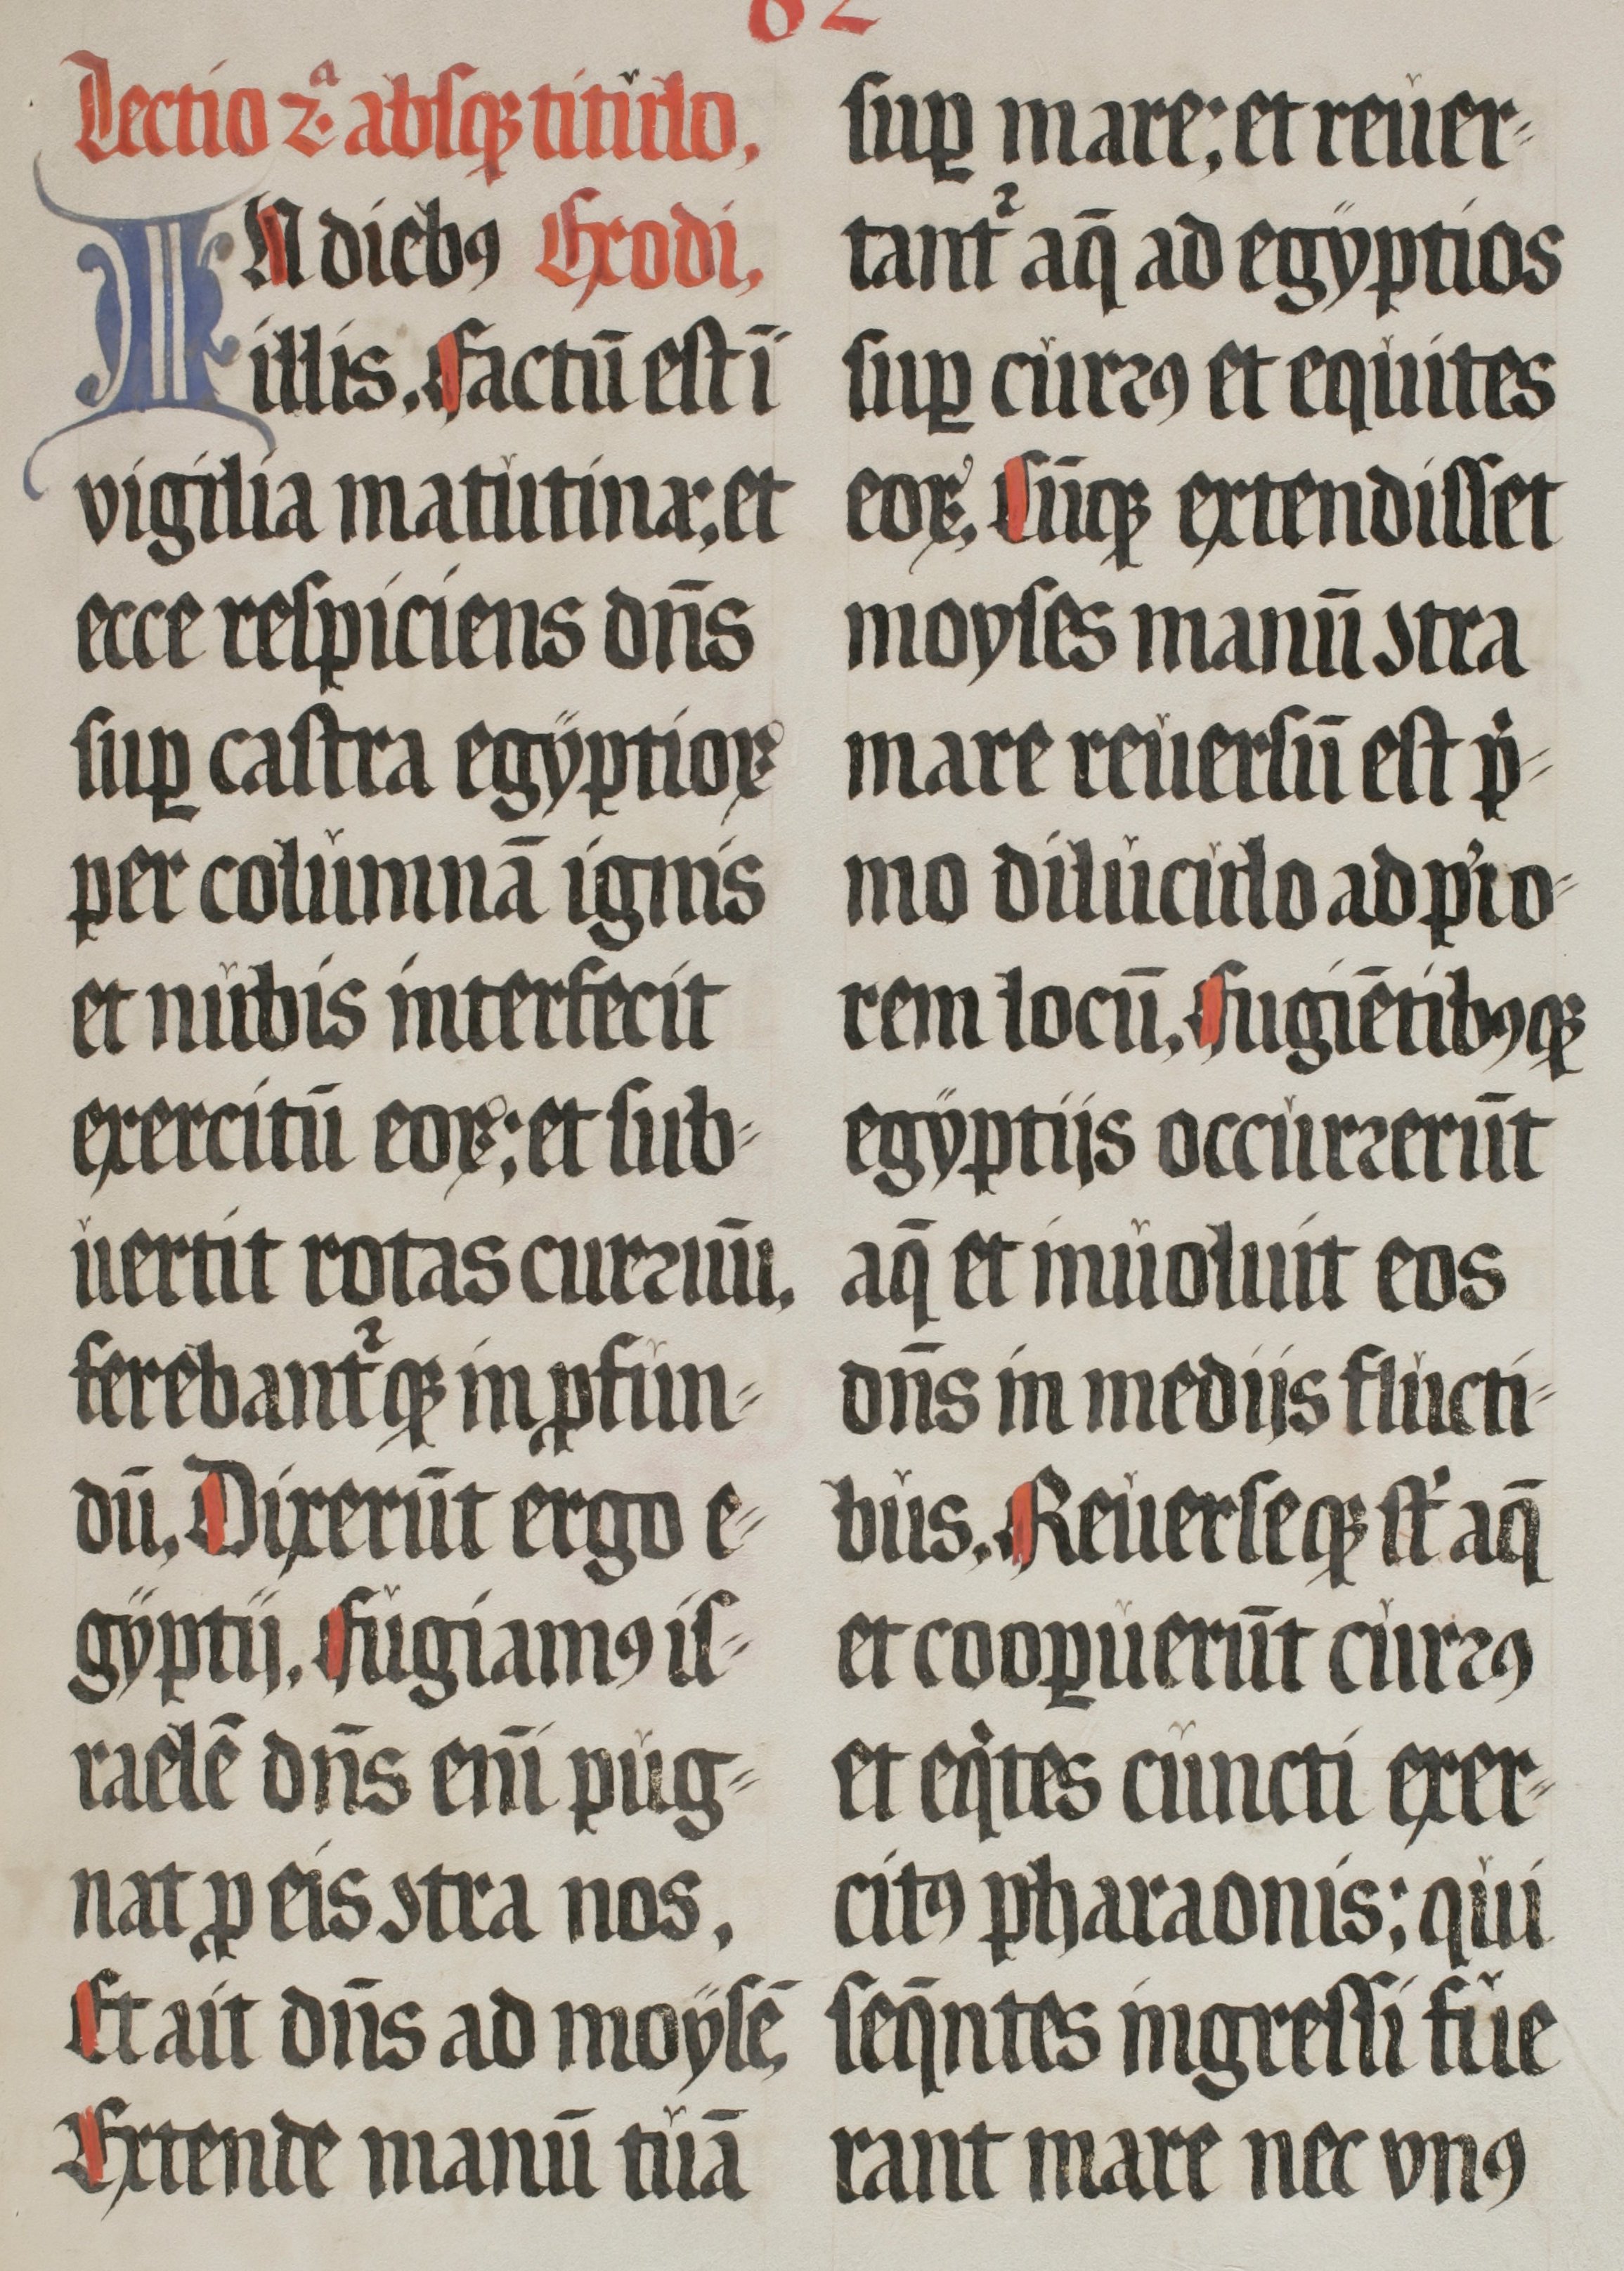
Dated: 1555–1555